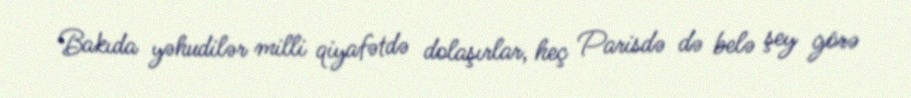
Bakıda yəhudilər milli qiyafətdə dolaşırlar, heç Parisdə də belə şey görə